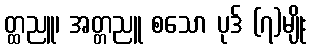
တ္ထညူ၊ အတ္တညူ စသော ပုဒ် (၇)မျိုး